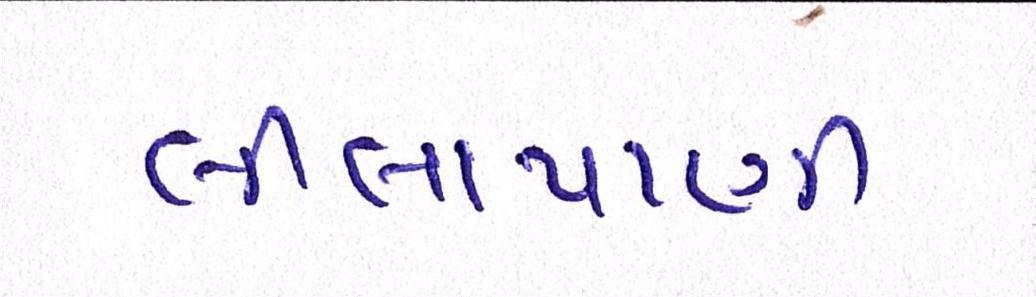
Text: લીલાપાણી